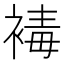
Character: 𧛔